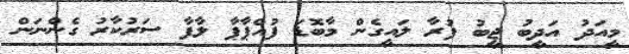
މީއަދު އަދީބު ޖީބު ފުރާ ލައީގެން މާބޮޑަ ފުއްޕާޕާ ލާފާ ސަރުކާރު ގެންނަން